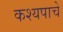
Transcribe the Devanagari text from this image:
कश्यपाचे